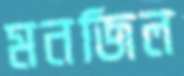
মনজিল